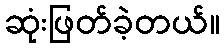
ဆုံးဖြတ်ခဲ့တယ်။